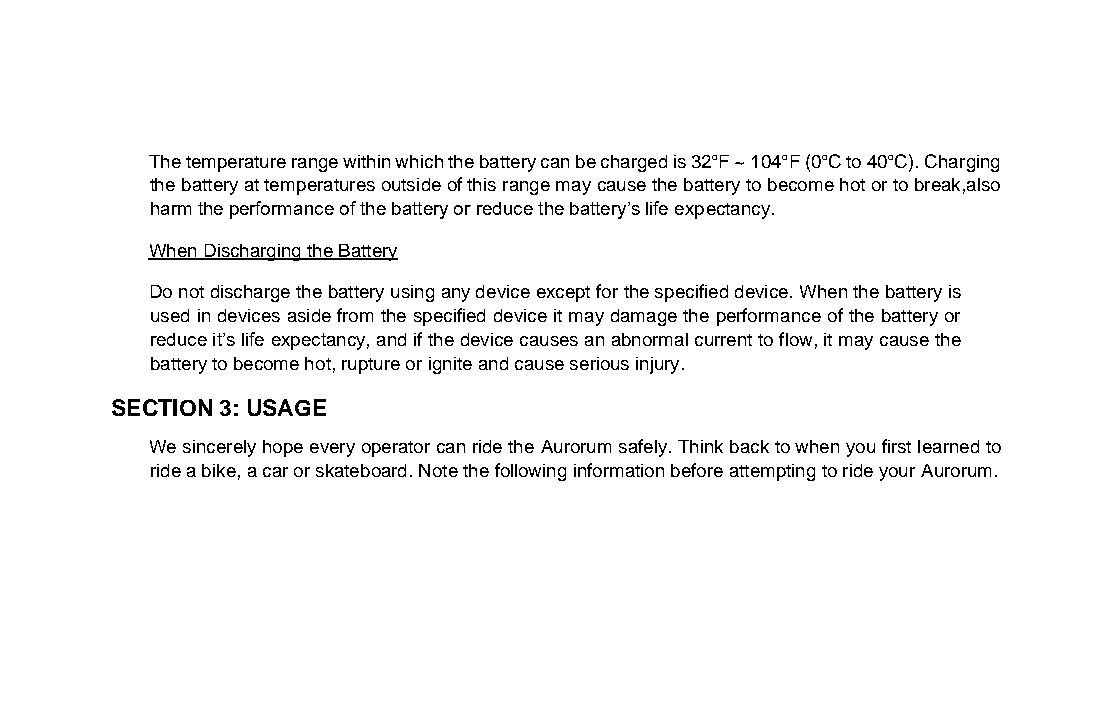
The temperature range within which the battery can be charged is 32°F ~ 104°F (0°C to 40°C). Charging
 the battery at temperatures outside of this range may cause the battery to become hot or to break,also
 harm the performance of the battery or reduce the battery’s life expectancy.
 When Discharging the Battery
 Do not discharge the battery using any device except for the specified device. When the battery is
 used in devices aside from the specified device it may damage the performance of the battery or
 reduce it’s life expectancy, and if the device causes an abnormal current to flow, it may cause the
 battery to become hot, rupture or ignite and cause serious injury.
 SECTION 3: USAGE
 We sincerely hope every operator can ride the Aurorum safely. Think back to when you first learned to
 ride a bike, a car or skateboard. Note the following information before attempting to ride your Aurorum.